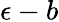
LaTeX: \epsilon-b